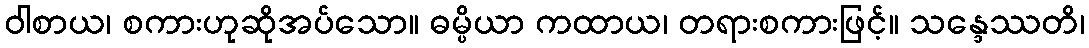
ဝါစာယ၊ စကားဟုဆိုအပ်သော။ ဓမ္ပိယာ ကထာယ၊ တရားစကားဖြင့်။ သန္ဒေဿတိ၊